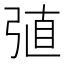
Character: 𢏶